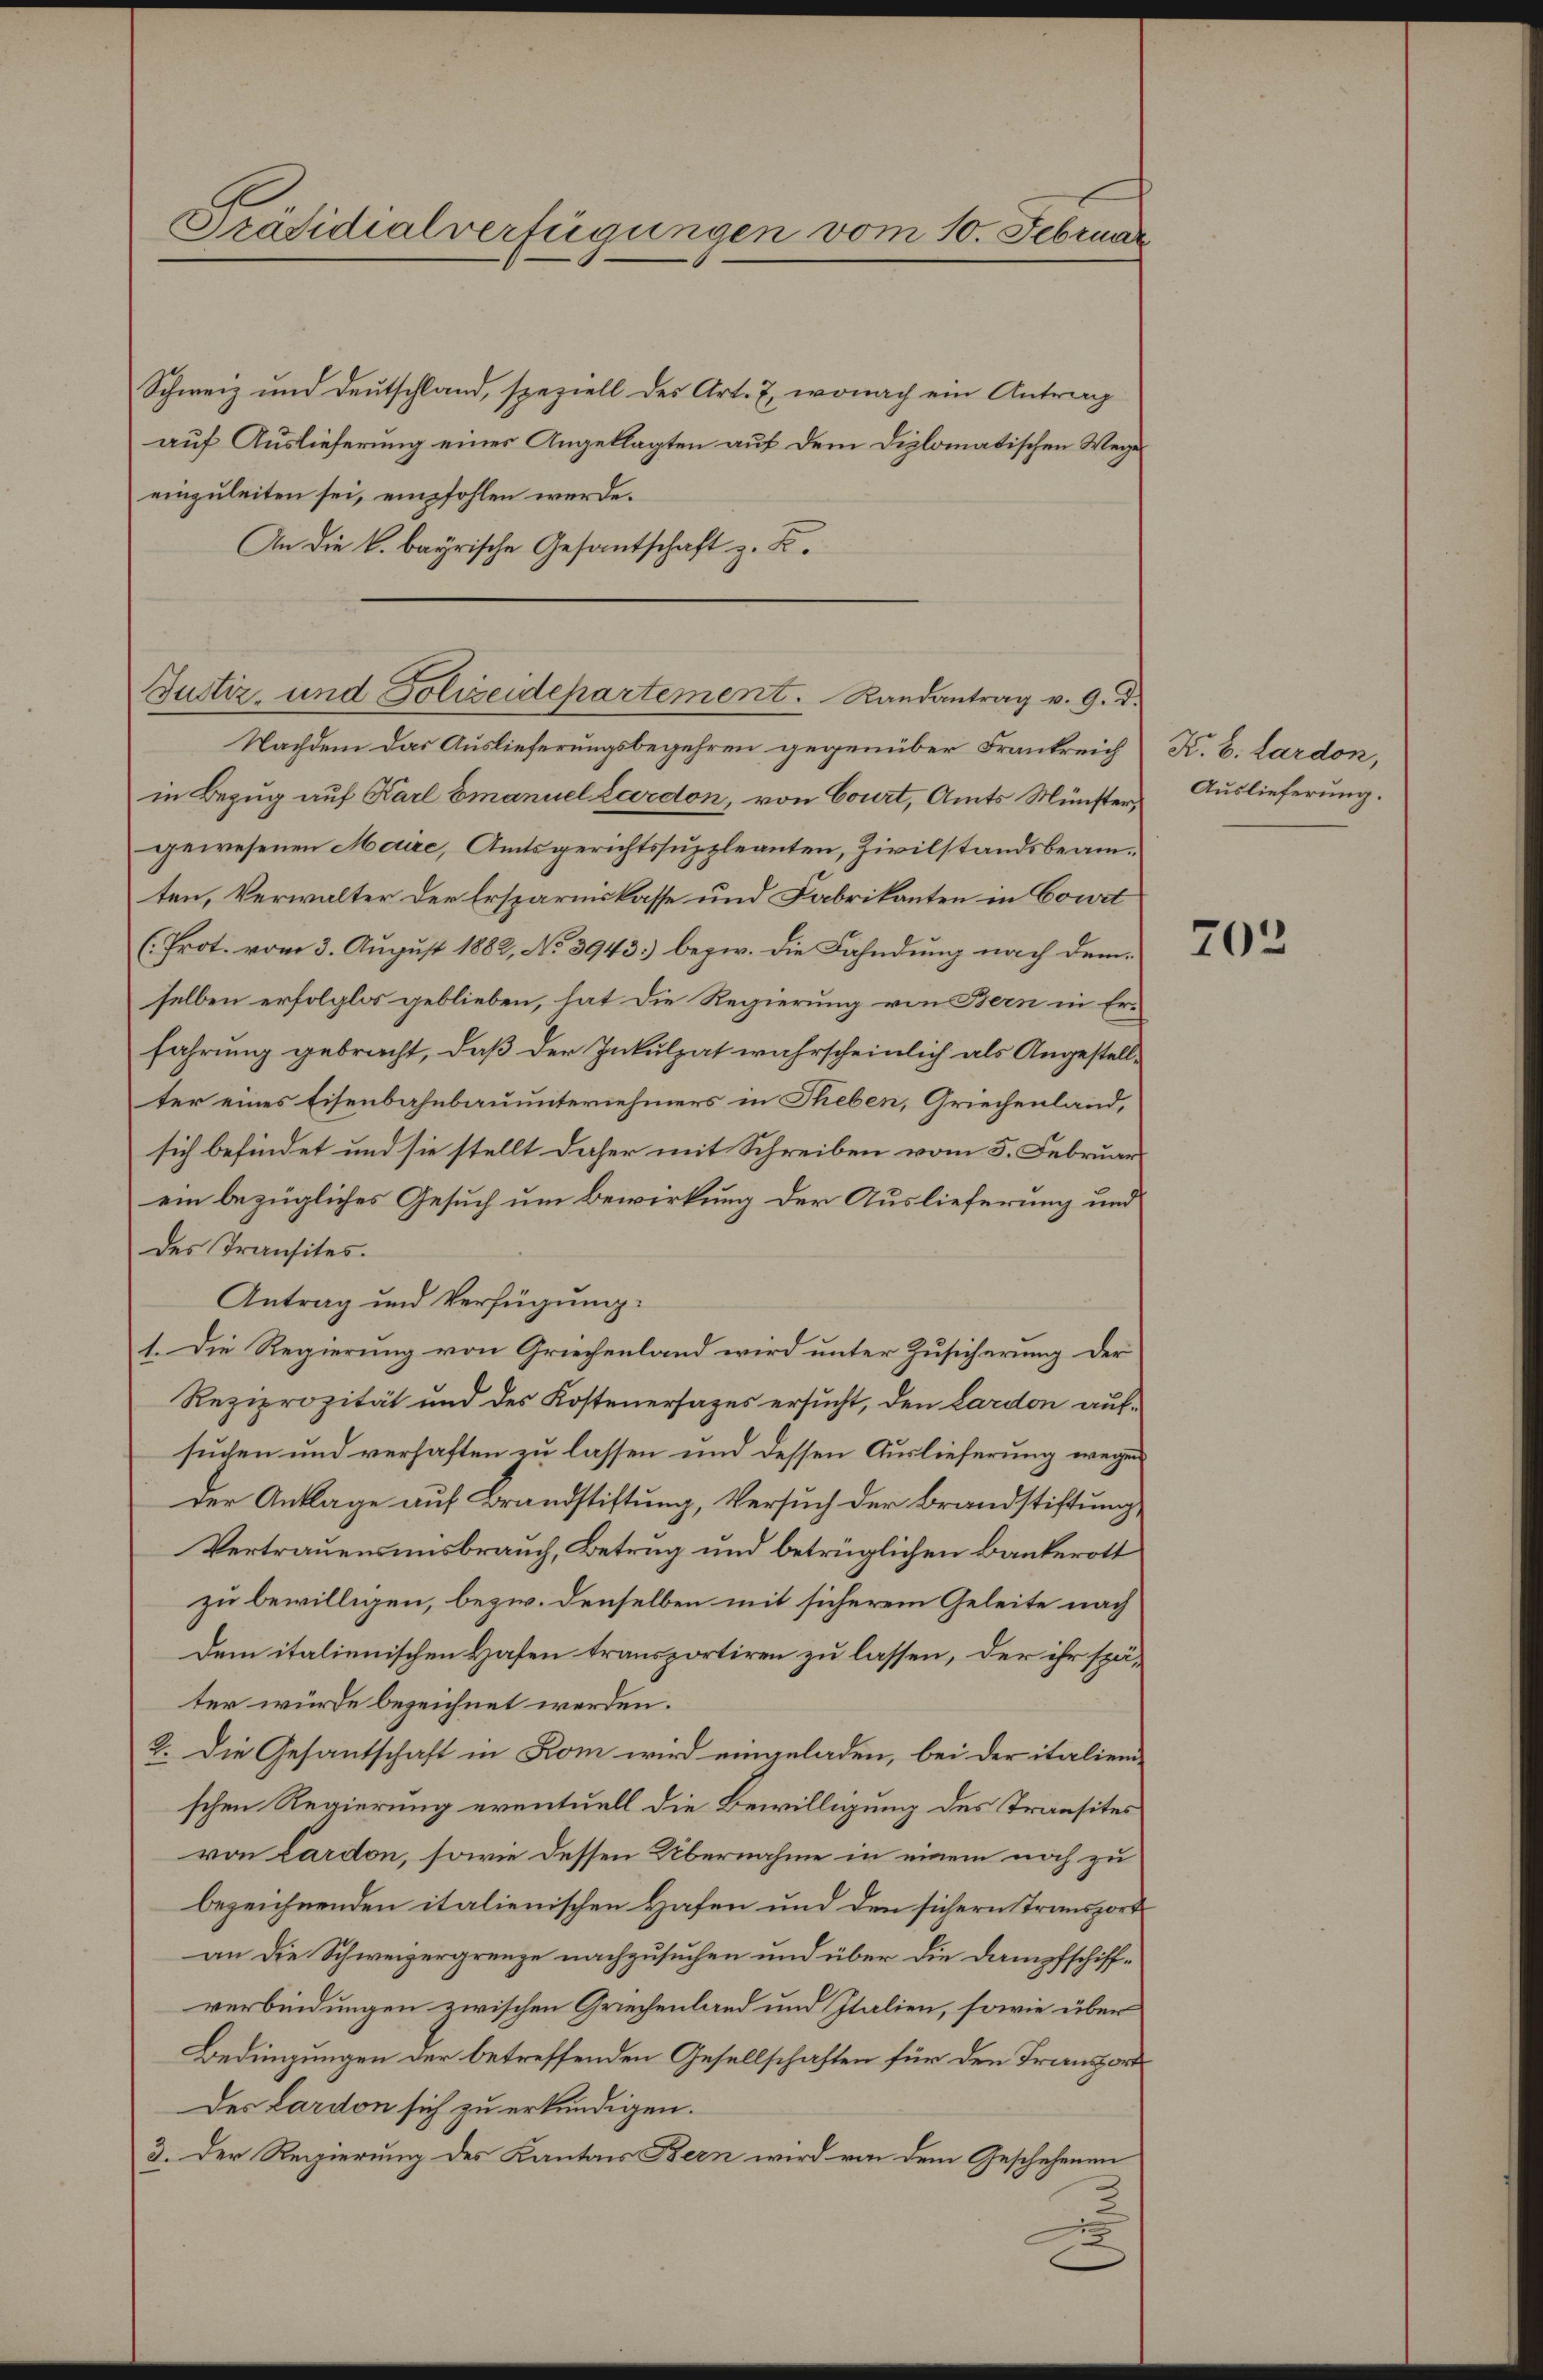
Präsidialverfügungen vom 10. Februar

Schweiz und Deutschland, speziell des Art. 7, wonach ein Antrag
auf Auslieferung einer Angeklagten auf dem Diplomatischen Wege
einzuleiten sei, empfohlen werde.
An die k. bayrische Gesantschaft z. B.
Nachdem das Auslieferungsbegehren gegenüber Frankreich K. B. Lardon,
in Bezug auf Karl Emanuel Lardon, von Court, Amts Münster,
gewesenen Maire, Amtsgerichtssuppleanten, Zivilstandsbeamten, Verwalter der Ersparniskasse und Fabrikanten in Court
(Prot. vom 3. August 1882, No 3943.) bezw. die Fahndung nach demselben erfolglos geblieben, hat die Regierung von Bern in Erfahrung gebracht, daß der Inkulpat wahrscheinlich als Angestellter eines Eisenbahnbauunternehmers in Theben, Griechenland,
sich befindet und sie stellt daher mit Schreiben vom 5. Februar
ein bezügliches Gesuch um Bewirkung der Auslieferung und
des Transites.
Antrag und Verfügung.
1. Die Regierung von Griechenland wird unter Zusicherung der
Reziprozität und des Kostenersages ersucht, den Lardon aufsuchen und verhaften zu lassen und dessen Auslieferung wegen
Der Anklage auf Brandstiftung, Versuch der Brandstiftung,
Vertrauensensbrauch, Betrug und betrüglichen Bankerott
zu bewilligen, bezw. denselben mit sicherem Geleite nach
Dem italienischen Hafen transportiren zu lassen, der ihr später würde bezeichnet werden.
2. Die Gesantschaft in Rom wird eingeladen, bei der italien-
schen Regierung eventuell die Bewilligung des Transites
von Lardon, sowie dessen Übernahme in einem noch zu
bezeichnenden italienischen Hafen und den sichern Transpordan die Schweizergrenze nachzusuchen und über die Dampfschiffverbindungen zwischen Griechenland und Italien, sowie über
Bedingungen der betreffenden Gesellschaften für den Transport
des Lardon sich zu erkundigen.
3. Der Regierung des Kantons Bern wird von dem Geschehenen

Justiz- und Polizeidepartement. Randantrag v. 9. d.

Auslieferung.

203